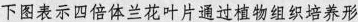
下图表示四倍体兰花叶片通过植物组织培养形